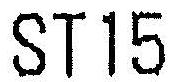
ST15